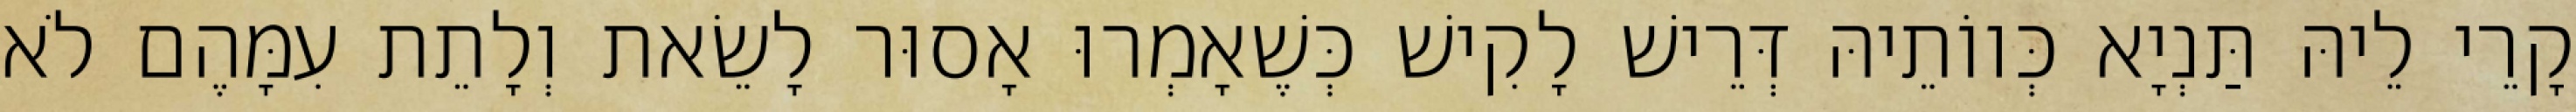
קָרֵי לֵיהּ תַּנְיָא כְּווֹתֵיהּ דְּרֵישׁ לָקִישׁ כְּשֶׁאָמְרוּ אָסוּר לָשֵׂאת וְלָתֵת עִמָּהֶם לֹא